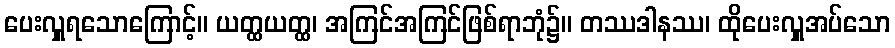
ပေးလှူရသောကြောင့်။ ယတ္ထယတ္ထ၊ အကြင်အကြင်ဖြစ်ရာဘုံ၌။ တဿဒါနဿ၊ ထိုပေးလှူအပ်သော